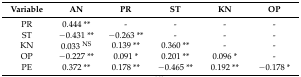
<table><thead><tr><td><b>Variable</b></td><td><b>AN</b></td><td><b>PR</b></td><td><b>ST</b></td><td><b>KN</b></td><td><b>OP</b></td></tr></thead><tbody><tr><td>PR</td><td>0.444 **</td><td>-</td><td>-</td><td>-</td><td>-</td></tr><tr><td>ST</td><td>−0.431 **</td><td>−0.263 **</td><td>-</td><td>-</td><td>-</td></tr><tr><td>KN</td><td>0.033 <sup>NS</sup></td><td>0.139 **</td><td>0.360 **</td><td>-</td><td>-</td></tr><tr><td>OP</td><td>−0.227 **</td><td>0.091 *</td><td>0.201 **</td><td>0.096 *</td><td>-</td></tr><tr><td>PE</td><td>0.372 **</td><td>0.178 **</td><td>−0.465 **</td><td>0.192 **</td><td>−0.178 *</td></tr></tbody></table>